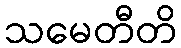
သမေတီတိ